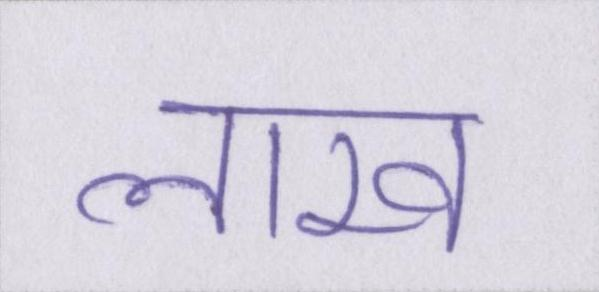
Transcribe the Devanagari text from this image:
लाख